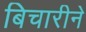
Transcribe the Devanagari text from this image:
बिचारीने